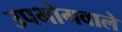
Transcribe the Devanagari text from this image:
उपभोगवाले